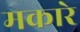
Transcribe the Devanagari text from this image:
मकारे